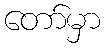
တော်မှာ